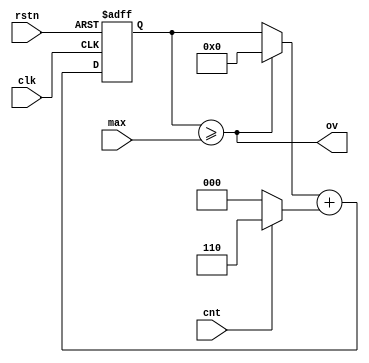
`timescale 1ns / 1ps
//////////////////////////////////////////////////////////////////////////////////
// Company: 
// Engineer: 
// 
// Design Name: 
// Module Name: step_counter
// Project Name: 
// Target Devices: 
// Tool Versions: 
// Description: 
// 
// Dependencies: 
// 
// Revision:
// Revision 0.01 - File Created
// Additional Comments:
// 
//////////////////////////////////////////////////////////////////////////////////


module step_counter #
(
    parameter integer COUNTER_WIDTH = 11,
    parameter integer STEP = 6
)
(
    input wire clk,
    input wire rstn,
    input wire cnt,
    input wire [COUNTER_WIDTH-1:0] max,
    output wire ov
    );

    reg  [COUNTER_WIDTH-1:0] counter;
    wire [COUNTER_WIDTH-1:0] a;
    wire [COUNTER_WIDTH-1:0] b;
    wire [COUNTER_WIDTH-1:0] next;

    assign a = (ov) ? {COUNTER_WIDTH{1'b0}} : counter[COUNTER_WIDTH-1:0];
    assign b = (cnt) ? STEP : {COUNTER_WIDTH{1'b0}};
    assign next = a + b;
    always @ (posedge clk or negedge rstn)
    begin
        if(1'b0 == rstn)
        begin
            counter <= {COUNTER_WIDTH{1'b0}};
        end
        else
        begin
            counter <= next;
        end
    end
    assign ov = counter >= max;

endmodule